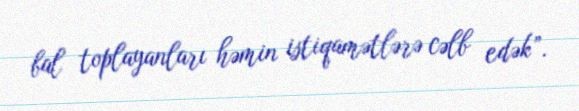
bal toplayanları həmin istiqamətlərə cəlb edək”.